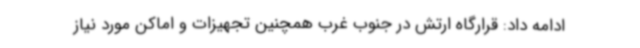
ادامه ‌داد: قرارگاه ارتش در جنوب غرب همچنین تجهیزات و اماکن مورد نیاز